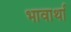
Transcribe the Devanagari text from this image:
भावार्था